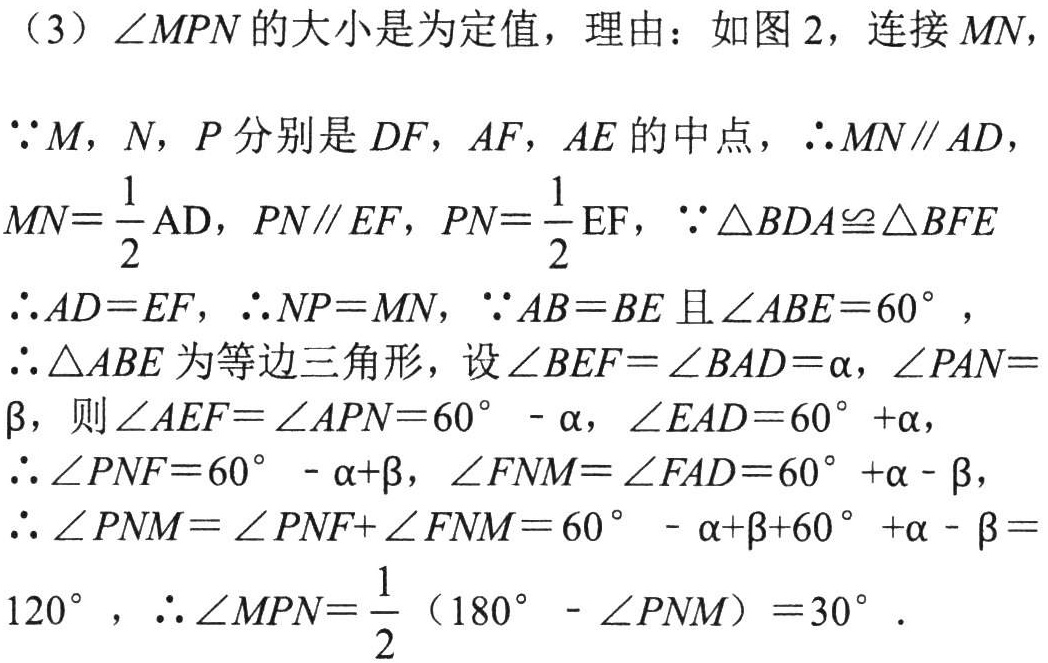
（3）$\angle MPN$的大小是为定值，理由：如图2，连接$MN$，
$\because M$，$N$，$P$分别是$DF$，$AF$，$AE$的中点，$\therefore MN\parallel AD$，
$MN = \dfrac{1}{2}\text{AD}$，$PN\parallel EF$，$PN = \dfrac{1}{2}\text{EF}$，$\because \triangle BDA\cong\triangle BFE$
$\therefore AD = EF$，$\therefore NP = MN$，$\because AB = BE$且$\angle ABE = 60^{\circ}$，
$\therefore\triangle ABE$为等边三角形，设$\angle BEF=\angle BAD = \alpha$，$\angle PAN = \beta$，则$\angle AEF=\angle APN = 60^{\circ}-\alpha$，$\angle EAD = 60^{\circ}+\alpha$，
$\therefore\angle PNF = 60^{\circ}-\alpha+\beta$，$\angle FNM=\angle FAD = 60^{\circ}+\alpha - \beta$，
$\therefore\angle PNM=\angle PNF+\angle FNM = 60^{\circ}-\alpha+\beta+60^{\circ}+\alpha - \beta = 120^{\circ}$，$\therefore\angle MPN=\dfrac{1}{2}(180^{\circ}-\angle PNM)=30^{\circ}$．